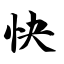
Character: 快